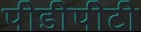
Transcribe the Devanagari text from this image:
पीडीपीटी